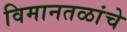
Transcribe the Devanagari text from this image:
विमानतळांचे